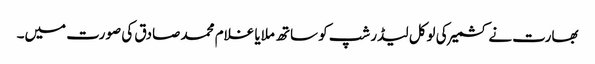
بھارت نے کشمیر کی لوکل لیڈرشپ کو ساتھ ملایا غلام محمد صادق کی صورت میں۔